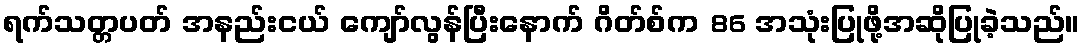
ရက်သတ္တပတ် အနည်းငယ် ကျော်လွန်ပြီးနောက် ဂိတ်စ်က 86 အသုံးပြုဖို့အဆိုပြုခဲ့သည်။